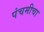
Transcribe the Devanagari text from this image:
पंचमीचा